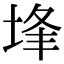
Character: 埄